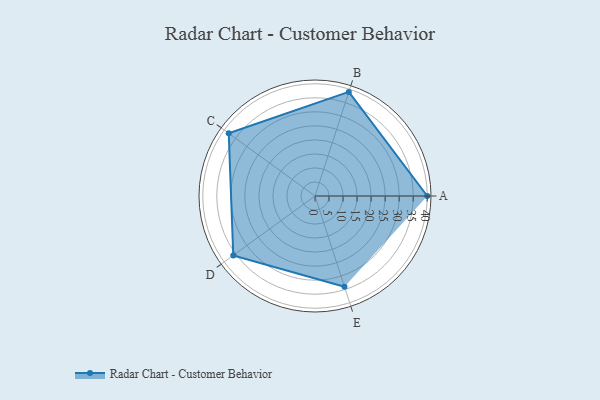
{"axis": {"x": "Skill", "y": "Score"}, "legend": ["Profile"], "data": [{"x": "A", "y": 40.0, "type": "Profile"}, {"x": "B", "y": 39.0, "type": "Profile"}, {"x": "C", "y": 38.0, "type": "Profile"}, {"x": "D", "y": 36.0, "type": "Profile"}, {"x": "E", "y": 34.0, "type": "Profile"}]}